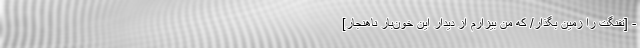
- [تفنگت را زمین بگذار/ که من بیزارم از دیدارِ این خون‌بارِ ناهنجار]